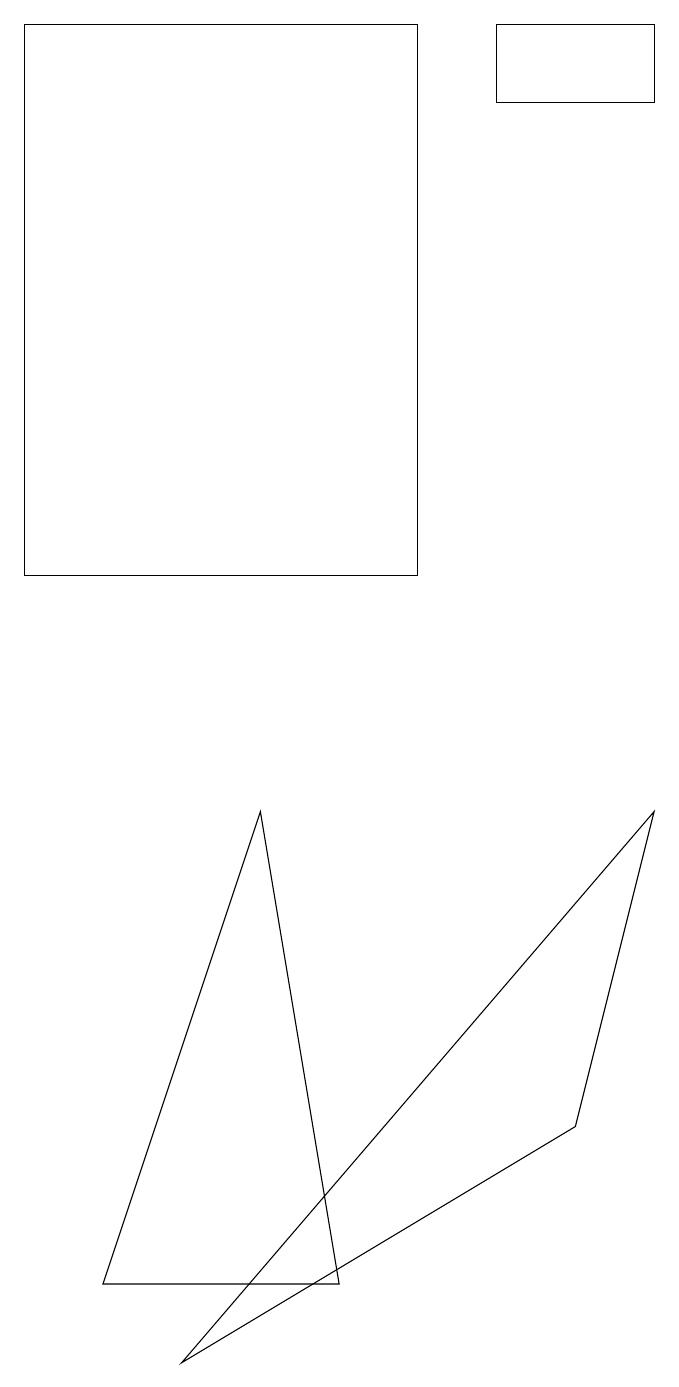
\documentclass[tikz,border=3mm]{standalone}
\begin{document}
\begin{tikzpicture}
\draw (5,19) rectangle (0,12);
\draw (8,18) rectangle (6,19);
\draw (1,3) -- (4,3) -- (3,9) -- cycle;
\draw (8,9) -- (7,5) -- (2,2) -- cycle;
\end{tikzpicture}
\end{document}